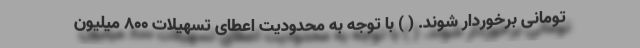
تومانی برخوردار شوند. ( ) با توجه به محدودیت اعطای تسهیلات 800 میلیون